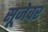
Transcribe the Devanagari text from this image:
सूजेवर